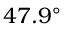
4 7 . 9 ^ { \circ }